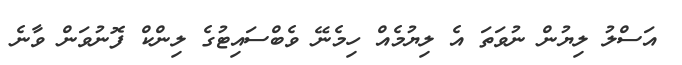
އަސްލު ލިޔުން ނުވަތަ އެ ލިޔުމެއް ހިމެނޭ ވެބްސައިޓުގެ ލިންކް ފޮނުވަން ވާނެ